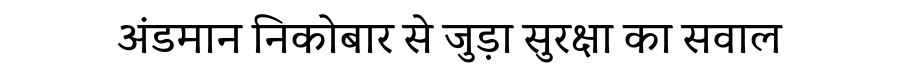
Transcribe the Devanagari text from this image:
अंडमान निकोबार से जुड़ा सुरक्षा का सवाल